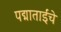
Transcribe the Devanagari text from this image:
पद्माताईंचे